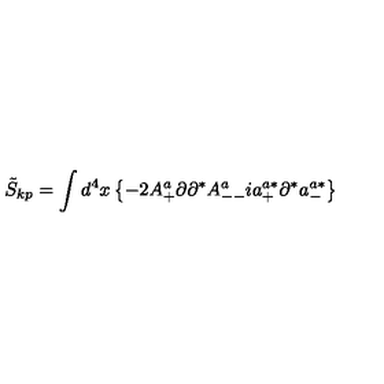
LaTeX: \tilde { S } _ { k p } = \int d ^ { 4 } x \left\{ - 2 A _ { + } ^ { a } \partial \partial ^ { * } A _ { -- } ^ { a } i a _ { + } ^ { a * } \partial ^ { * } a _ { - } ^ { a * } \right\}